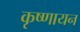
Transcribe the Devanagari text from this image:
कृष्‍णायन